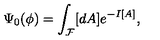
\Psi _ { 0 } ( \phi ) = \int _ { \cal F } [ d A ] e ^ { - I [ A ] } ,